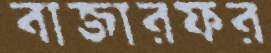
বাজারফর